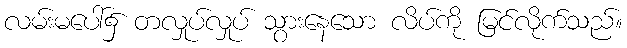
လမ်းမပေါ်၌ တလှုပ်လှုပ် သွားနေသော လိပ်ကို မြင်လိုက်သည်။